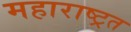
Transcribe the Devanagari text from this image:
महाराष्ट्रत